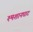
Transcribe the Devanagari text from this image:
श्मशानघाट